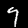
Label: 9